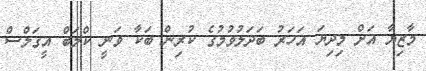
މާޒިޔާ އަށް މިދިޔަ އަހަރު ބަދަލުވުމުގެ ކުރިން ބަކާ ވަނީ ކްލަބް އީގަލްސް